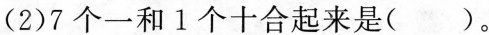
(2)7个一和1个十合起来是( )。